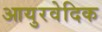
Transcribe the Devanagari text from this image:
आयुरवेदिक